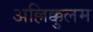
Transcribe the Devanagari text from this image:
अल्लिक्कुलम